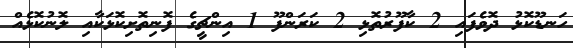
ހަނޑޫކޮޅު ދޮވެފައި 2 ކާފޫރުތޮޅި 2 ކަރަންފޫ 1 އިންޗީގެ ފޮނިތޮށިކޮޅަކާއި ލޮނުކޮޅެއް